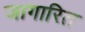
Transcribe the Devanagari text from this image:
जागारित